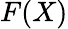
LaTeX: F(X)